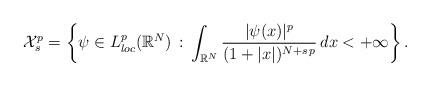
LaTeX: \begin{align*}\mathcal{X}^{p}_s=\left\{\psi\in L^p_{loc}(\mathbb{R}^N)\, :\, \int_{\mathbb{R}^N} \frac{|\psi(x)|^p}{(1+|x|)^{N+s\,p}}\,dx<+\infty\right\}.\end{align*}